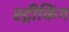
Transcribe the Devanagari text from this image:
स्ट्रीकिंग